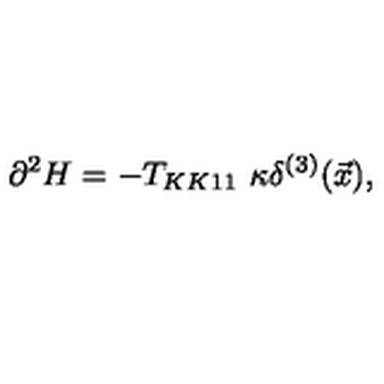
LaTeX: \partial ^ { 2 } H = - T _ { K K 1 1 } \ \kappa \delta ^ { ( 3 ) } ( \vec { x } ) ,